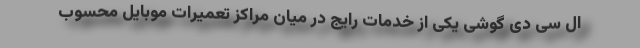
ال سی دی گوشی یکی از خدمات رایج در میان مراکز تعمیرات موبایل محسوب